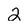
Character: 2